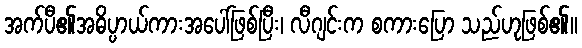
အက်ပီ၏အဓိပ္ပာယ်ကားအပေါ်ဖြစ်ပြီး၊ လီဂျင်းက စကားပြော သည်ဟုဖြစ်၏။